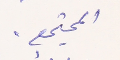
المجتمع.